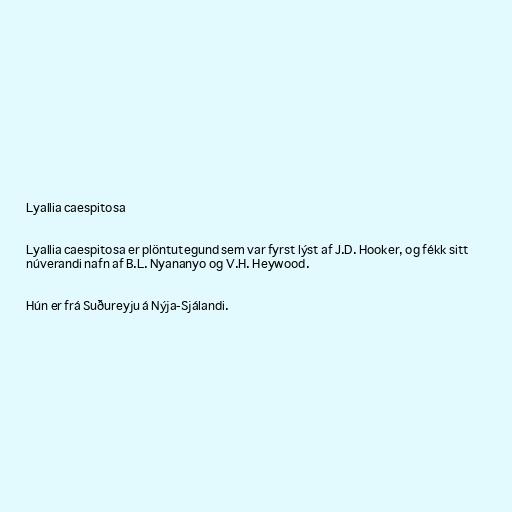
Lyallia caespitosa

Lyallia caespitosa er plöntutegund sem var fyrst lýst af J.D. Hooker, og fékk sitt
núverandi nafn af B.L. Nyananyo og V.H. Heywood.

Hún er frá Suðureyju á Nýja-Sjálandi.